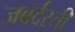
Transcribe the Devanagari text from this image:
जबर्दस्‍ती